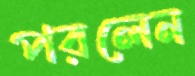
পরলেন